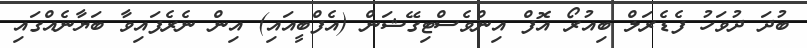
ބުދަ ދުވަހު ފެޑެރަލް ބިއުރޯ އޮފް އިންވެސްޓިގޭޝަން (އެފްބީއައި) އިން ނެރެފައިވާ ބަޔާނެއްގައި